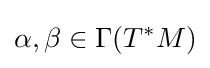
\alpha ,\beta \in \Gamma (T^{*}M)